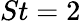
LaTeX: St=2